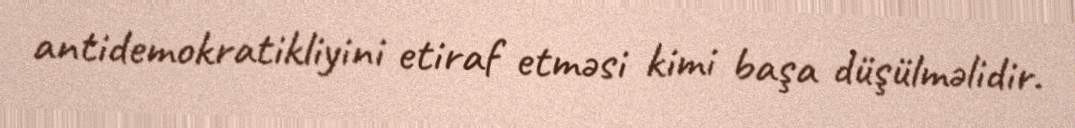
antidemokratikliyini etiraf etməsi kimi başa düşülməlidir.